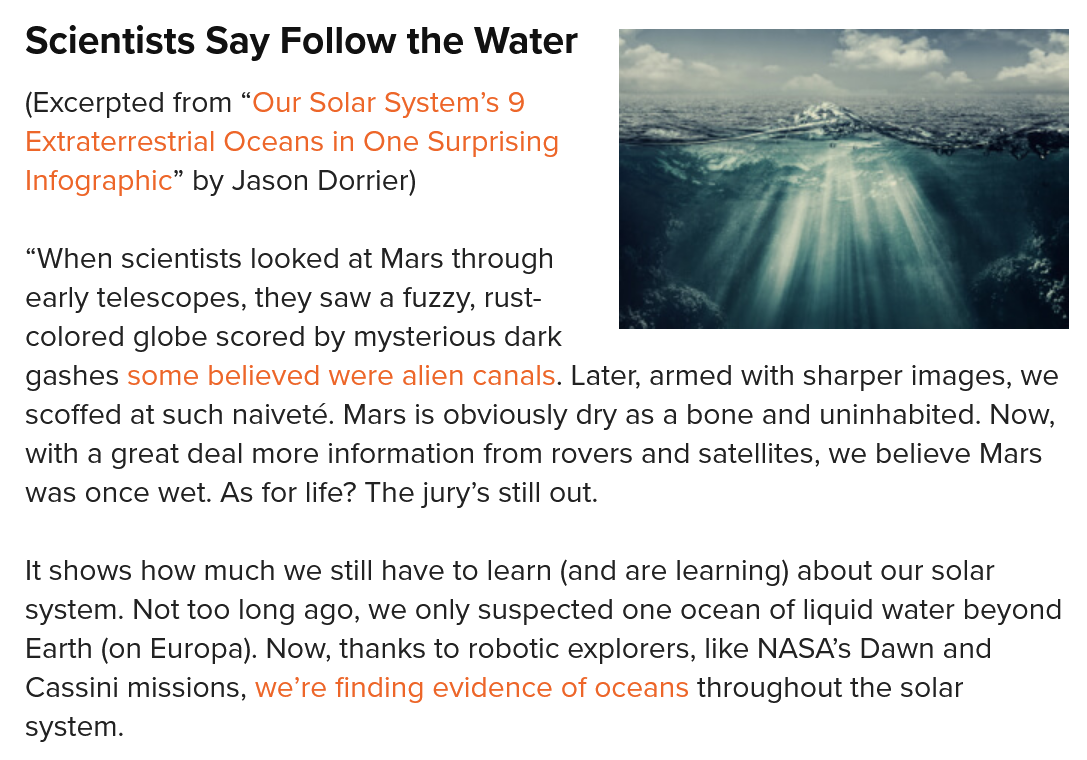
(Excerpted from “Our Solar System’s 9
  Extraterrestrial Oceans in One Surprising
  Infographic” by Jason Dorrier)
  Scientists  Say  Follow  the Water
  “When scientists looked at Mars through
  early telescopes, they saw a fuzzy, rust-
  colored globe scored by mysterious dark
  gashes some believed were alien canals. Later, armed with sharper images, we
  scoffed at such naiveté. Mars is obviously dry as a bone and uninhabited. Now,
  with a great deal more information from rovers and satellites, we believe Mars
  was once wet. As for life? The jury’s still out.
  It shows how much we still have to learn (and are learning) about our solar
  system. Not too long ago, we only suspected one ocean of liquid water beyond
  Earth (on Europa). Now, thanks to robotic explorers, like NASA’s Dawn and
  Cassini missions, we’re finding evidence of oceans throughout the solar
  system.